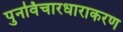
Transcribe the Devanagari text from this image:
पुनर्विचारधाराकरण